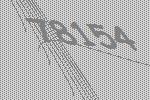
78154